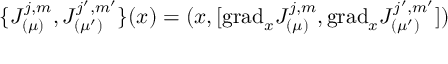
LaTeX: \{ J _ { ( \mu ) } ^ { j , m } , J _ { ( \mu ^ { \prime } ) } ^ { j ^ { \prime } , m ^ { \prime } } \} ( x ) = ( x , [ \mathrm { g r a d } _ { x } J _ { ( \mu ) } ^ { j , m } , \mathrm { g r a d } _ { x } J _ { ( \mu ^ { \prime } ) } ^ { j ^ { \prime } , m ^ { \prime } } ] )